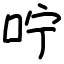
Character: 咛